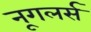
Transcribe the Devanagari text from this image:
नूगलर्स